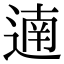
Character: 遖